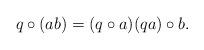
LaTeX: \begin{align*}q\circ (ab) = (q\circ a)(qa)\circ b.\end{align*}